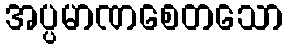
အပ္ပမာဏစေတသော